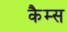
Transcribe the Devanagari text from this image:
कैम्स